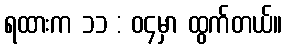
ရထားက ၁၁ : ၀၄မှာ ထွက်တယ်။